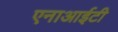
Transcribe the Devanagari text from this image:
एनाआईटी